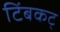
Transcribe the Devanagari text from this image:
टिंबकट्